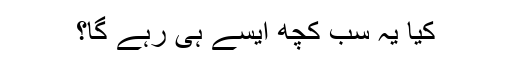
کیا یہ سب کچھ ایسے ہی رہے گا؟